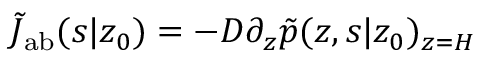
\tilde { J } _ { \mathrm { { a b } } } ( s | z _ { 0 } ) = - D \partial _ { z } \tilde { p } ( z , s | z _ { 0 } ) _ { z = H }